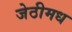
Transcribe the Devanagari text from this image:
जेठीमध